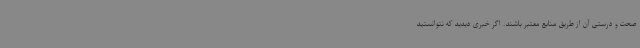
صحت و درستی آن از طریق منابع معتبر باشند. اگر خبری دیدید که نتوانستید